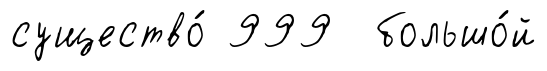
существо́ 999 большо́й